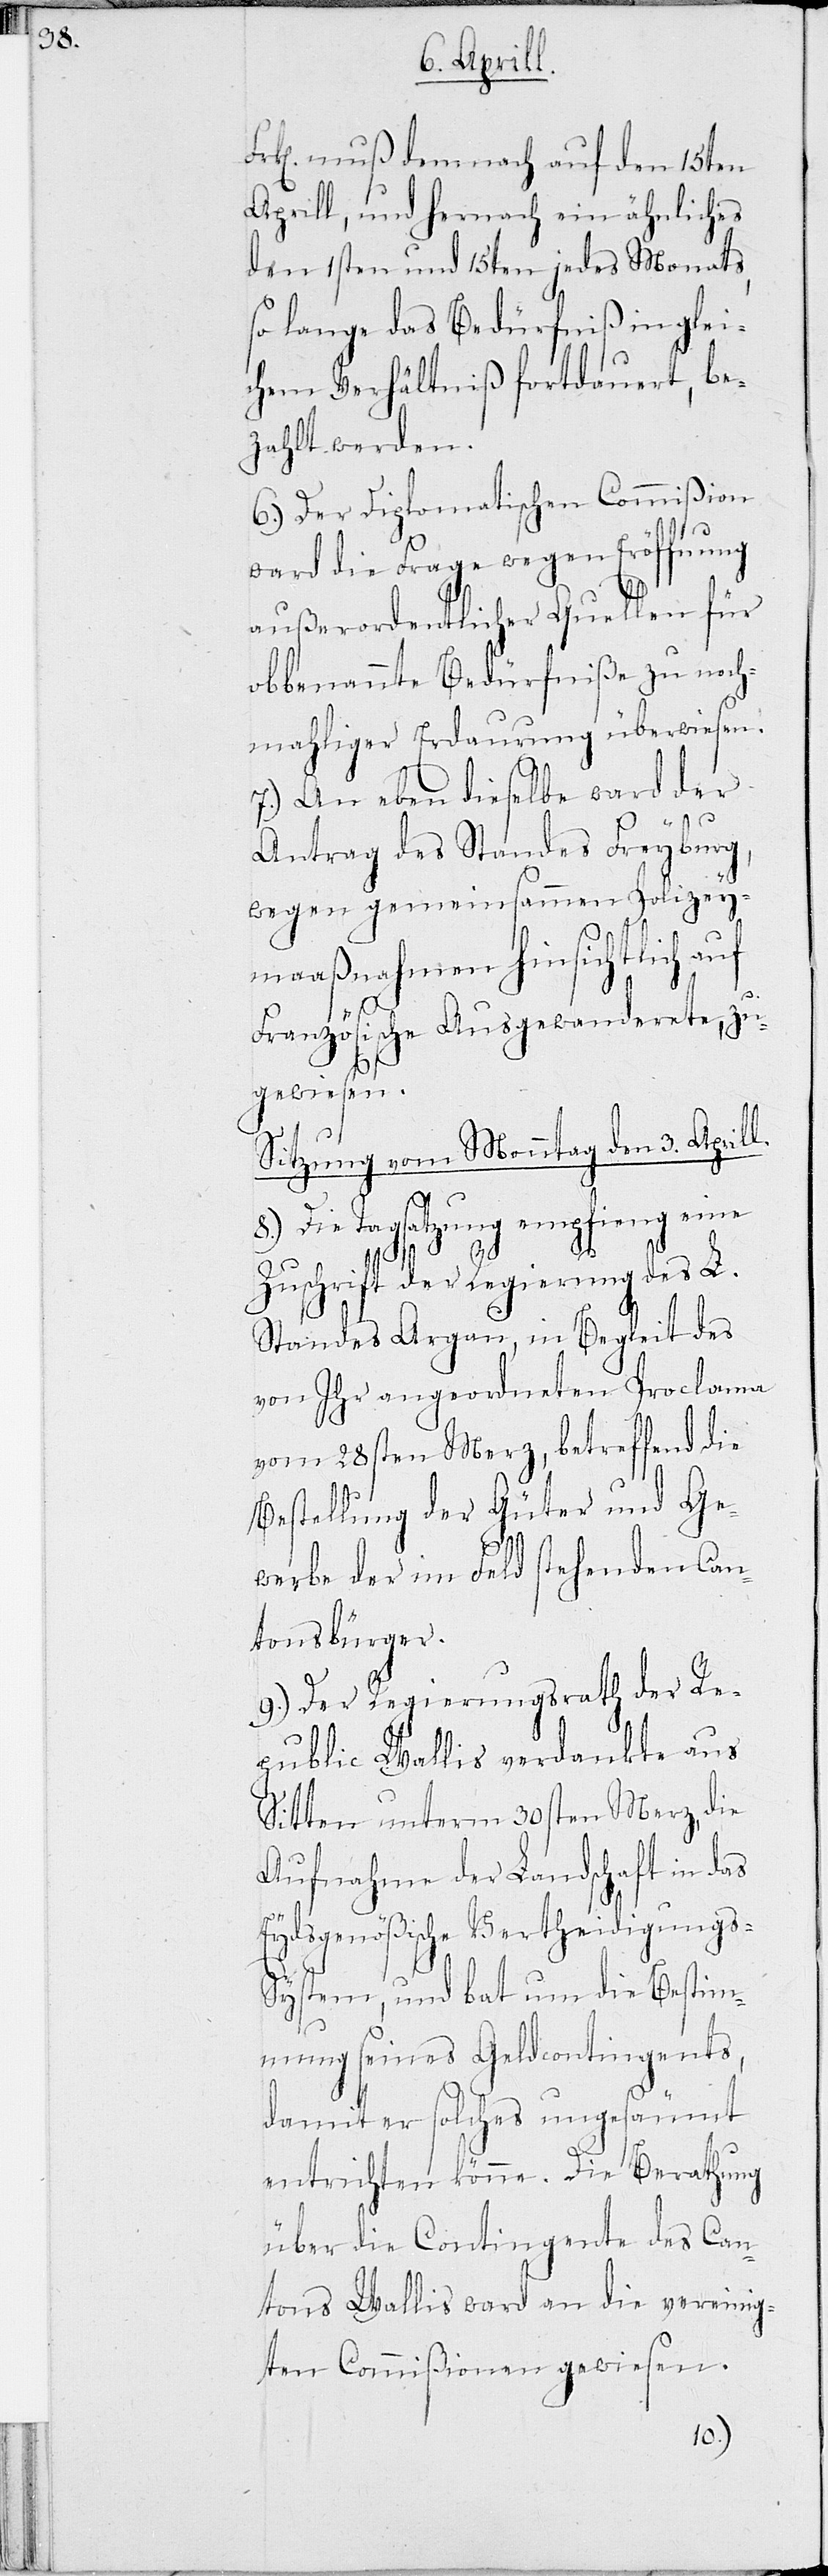
n Aprill.
Frk. muß demnach auf den 15ten
Aprill, und hernach ein ähnliches
den 1sten und 15ten jedes Monats,
so lange das Bedürfniß in glei¬
chem Verhältnis fortdauert, be¬
zahlt werden.
6.) Der Diplomatischen Commißion
wurde die Frage wegen Eröffnung
außerordentlicher Quellen für
obbenannte Bedürfniße zu noch¬
mahliger Erdaurung überwiesen.
7.) An eben dieselbe wurde der
Antrag des Standes Freyburg,
wegen gemeinsammen Polizey¬
maaßnahmen hinsichtlich auf
Französische Ausgewanderete, zu¬
gewiesen,
Sitzung vom Monntag den 3te¬
Die Tagsatzung empfieng eine
Zuschrift der Regierung des L.
Standes Argau, in Begleit des
von Ihr angeordneten Proclama
vom 28sten Merz, betreffend die
Bestellung der Güter und Ge¬
werbe der im Feld stehenden Can¬
tonsbürger.
9.) Der Regierungsrath der Re¬
public Wallis verdankte aus
Sitten unterm 30sten Merz, die
Aufnahme der Landschaft in das
Eydsgenößische Vertheidigung¬
s-System, und bat um die Bestim¬
mung seines Geldcontingents,
damit er solches ungesäumt
entrichten könne. Die Berathung
über die Contingente des Can¬
tons Wallis ward an die vereinig¬
ten Commißionen gewiesen.
8.)